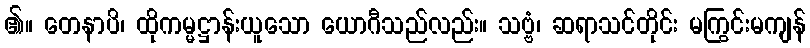
၏။ တေနာပိ၊ ထိုကမ္မဋ္ဌာန်းယူသော ယောဂီသည်လည်း။ သဗ္ဗံ၊ ဆရာသင်တိုင်း မကြွင်းမကျန်